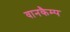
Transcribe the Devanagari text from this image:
वानकैम्प